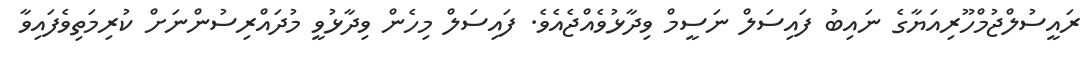
ރައީސުލްޖުމްހޫރިއަޔާގެ ނައިބު ފައިސަލް ނަސީމް ވިދާޅުވެއްޖެއެވެ. ފައިސަލް މިހެން ވިދާޅުވީ މުދައްރިސުންނަށް ކުރިމަތިވެފައިވާ